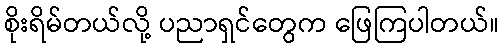
စိုးရိမ်တယ်လို့ ပညာရှင်တွေက ဖြေကြပါတယ်။